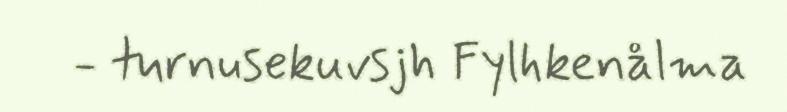
- turnusekuvsjh Fylhkenålma